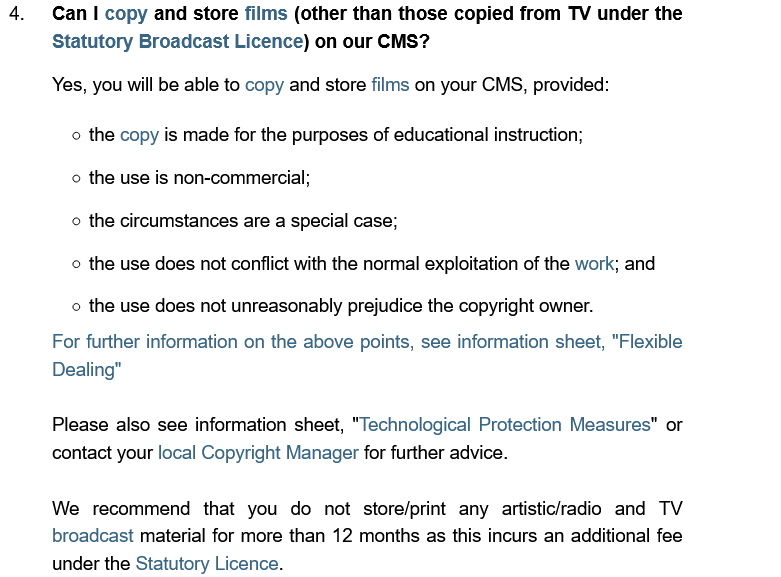
Yes, you will be able to copy and store films on your CMS, provided:
     o the copy is made for the purposes of educational instruction;
     o the use is non-commercial;
     o the circumstances are a special case;
     o the use does not conflict with the normal exploitation of the work; and
     o the use does not unreasonably prejudice the copyright owner.
     For further information on the above points, see information sheet, "Flexible
     Dealing"
     We   recommend  that you do  not store/print any artistic/radio and TV
     broadcast material for more than 12 months as this incurs an additional fee
     under the Statutory Licence.
     Please also see information sheet, “Technological Protection Measures" or
     contact your local Copyright Manager for further advice.
  4.  Can  copy  and store films (other than those copied from TV under the
     Statutory Broadcast Licence) on our CMS?